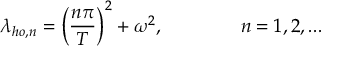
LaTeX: \lambda _ { h o , n } = \left( \frac { n \pi } { T } \right) ^ { 2 } + \omega ^ { 2 } , \mathrm { \ \ \ \ \ \ \ \ \ \ \ \ } n = 1 , 2 , . . .